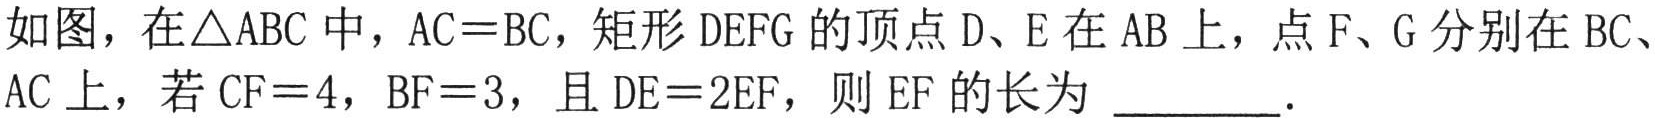
如图，在\(\triangle ABC\)中，\(AC = BC\)，矩形\(DEFG\)的顶点\(D\)、\(E\)在\(AB\)上，点\(F\)、\(G\)分别在\(BC\)、\(AC\)上，若\(CF = 4\)，\(BF = 3\)，且\(DE = 2EF\)，则\(EF\)的长为 \(\underline{\quad\quad}\).